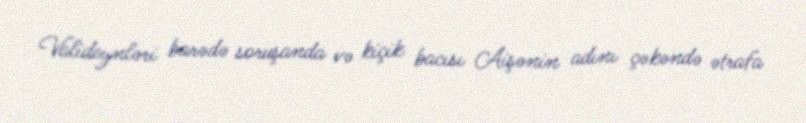
Valideynləri barədə soruşanda və kiçik bacısı Aişənin adını çəkəndə ətrafa